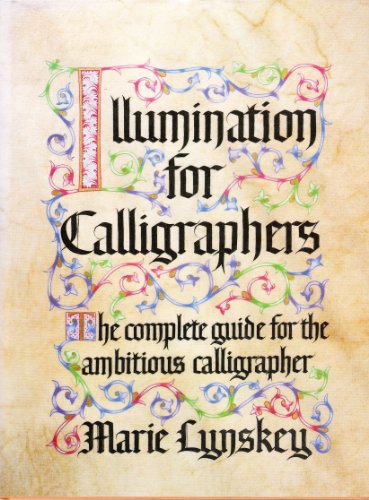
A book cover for Illumination for Calligraphers: The Complete Guide for the Ambitious Calligrapher; Marie Lynskey; Arts & Photography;